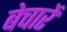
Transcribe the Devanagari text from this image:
बेचारें